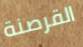
القرصنة